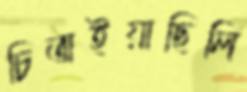
চিতাইয়াছিলি